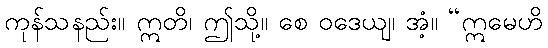
ကုန်သနည်း။ ဣတိ၊ ဤသို့။ စေ ဝဒေယျ၊ အံ့။ “ဣမေဟိ